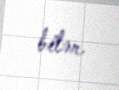
bilər.